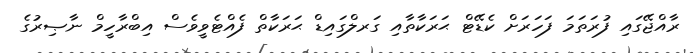
ރާއްޖޭގައި ފުރަތަމަ ފަހަރަށް ކެޑޭޓް ޙަރަކާތާއި ގަރލްގައިޑް ޙަރަކާތް ފެއްޓެވީވެސް އިބްރާހީމް ނާޞިރުގެ